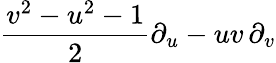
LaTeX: {\frac{v^{2}-u^{2}-1}{2}}\partial_{u}-uv\, \partial_{v}